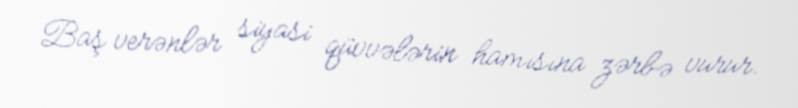
Baş verənlər siyasi qüvvələrin hamısına zərbə vurur.